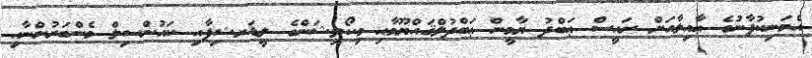
އެމަނިކުފާނުގެ ޢާއިލާއަށް ރައީސް ޢަބްދު ޔާމީން ޢަބްދުލްޤައްޔޫމާއި މިކޯލިޝަންގެ ލީޑަރޝިޕާއި ކައުންސިލް މެންބަރުންނާއި